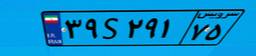
۵۳S۹۶۴۶۱